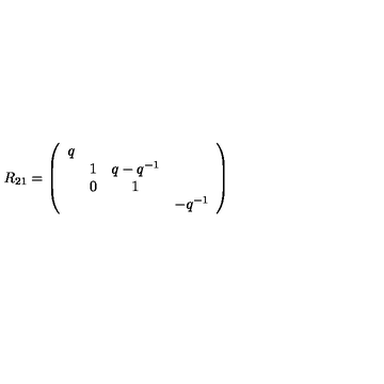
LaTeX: R _ { 2 1 } = \left( \begin{array} { c c c c } { q } & { } & { } & { } \\ { } & { 1 } & { q - q ^ { - 1 } } & { } \\ { } & { 0 } & { 1 } & { } \\ { } & { } & { } & { - q ^ { - 1 } } \\ \end{array} \right)